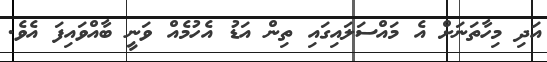
އަދި މިހާތަނަށް އެ މައްސަލައިގައި ތިން އަޑު އެހުމެއް ވަނީ ބާއްވައިފަ އެވެ.